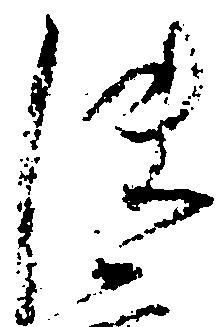
使